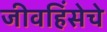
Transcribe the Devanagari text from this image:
जीवहिंसेचे